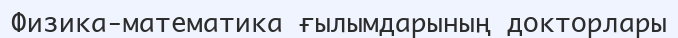
Физика-математика ғылымдарының докторлары